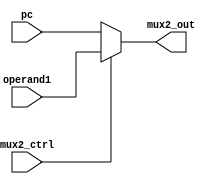
`timescale 1ns / 1ps
//////////////////////////////////////////////////////////////////////////////////
module mux_second(mux2_ctrl, operand1, pc, mux2_out);
    input [31:0] operand1, pc; 
    input mux2_ctrl; 
    output [31:0] mux2_out;
    
    assign mux2_out = (mux2_ctrl ? operand1 : pc);
    
endmodule